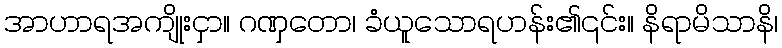
အာဟာရအကျိုးငှာ။ ဂဏှတော၊ ခံယူသောရဟန်း၏၎င်း။ နိရာမိသာနိ၊